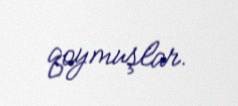
qoymuşlar.